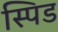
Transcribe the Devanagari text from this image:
स्पिड